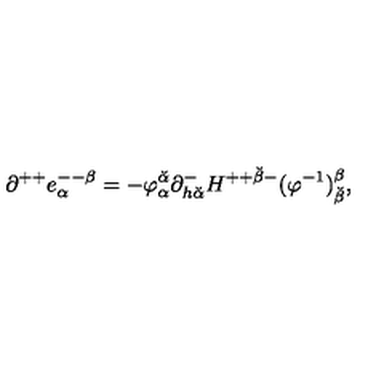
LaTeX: \partial ^ { + + } e _ { \alpha } ^ { -- \beta } = - \varphi _ { \alpha } ^ { \breve { \alpha } } \partial _ { h { \breve { \alpha } } } ^ { - } H ^ { + + { \breve { \beta } } - } ( \varphi ^ { - 1 } ) _ { \breve { \beta } } ^ { \beta } ,